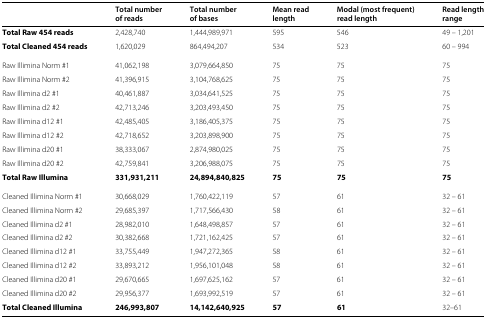
<table><thead><tr><td><b> </b></td><td><b>Total number</b></td><td><b>Total number</b></td><td><b>Mean read</b></td><td><b>Modal (most frequent)</b></td><td><b>Read length</b></td></tr><tr><td><b> </b></td><td><b>of reads</b></td><td><b>of bases</b></td><td><b>length</b></td><td><b>read length</b></td><td><b>range</b></td></tr></thead><tbody><tr><td><b>Total Raw 454 reads</b></td><td>2,428,740</td><td>1,444,989,971</td><td>595</td><td>546</td><td>49 – 1,201</td></tr><tr><td><b>Total Cleaned 454 reads</b></td><td>1,620,029</td><td>864,494,207</td><td>534</td><td>523</td><td>60 – 994</td></tr><tr><td>Raw Illimina Norm #1</td><td>41,062,198</td><td>3,079,664,850</td><td>75</td><td>75</td><td>75</td></tr><tr><td>Raw Illimina Norm #2</td><td>41,396,915</td><td>3,104,768,625</td><td>75</td><td>75</td><td>75</td></tr><tr><td>Raw Illimina d2 #1</td><td>40,461,887</td><td>3,034,641,525</td><td>75</td><td>75</td><td>75</td></tr><tr><td>Raw Illimina d2 #2</td><td>42,713,246</td><td>3,203,493,450</td><td>75</td><td>75</td><td>75</td></tr><tr><td>Raw Illimina d12 #1</td><td>42,485,405</td><td>3,186,405,375</td><td>75</td><td>75</td><td>75</td></tr><tr><td>Raw Illimina d12 #2</td><td>42,718,652</td><td>3,203,898,900</td><td>75</td><td>75</td><td>75</td></tr><tr><td>Raw Illimina d20 #1</td><td>38,333,067</td><td>2,874,980,025</td><td>75</td><td>75</td><td>75</td></tr><tr><td>Raw Illimina d20 #2</td><td>42,759,841</td><td>3,206,988,075</td><td>75</td><td>75</td><td>75</td></tr><tr><td><b>Total Raw Illumina</b></td><td><b>331,931,211</b></td><td><b>24,894,840,825</b></td><td><b>75</b></td><td><b>75</b></td><td><b>75</b></td></tr><tr><td>Cleaned Illimina Norm #1</td><td>30,668,029</td><td>1,760,422,119</td><td>57</td><td>61</td><td>32 – 61</td></tr><tr><td>Cleaned Illimina Norm #2</td><td>29,685,397</td><td>1,717,566,430</td><td>58</td><td>61</td><td>32 – 61</td></tr><tr><td>Cleaned Illimina d2 #1</td><td>28,982,010</td><td>1,648,498,857</td><td>57</td><td>61</td><td>32 – 61</td></tr><tr><td>Cleaned Illimina d2 #2</td><td>30,382,668</td><td>1,721,162,425</td><td>57</td><td>61</td><td>32 – 61</td></tr><tr><td>Cleaned Illimina d12 #1</td><td>33,755,449</td><td>1,947,272,365</td><td>58</td><td>61</td><td>32 – 61</td></tr><tr><td>Cleaned Illimina d12 #2</td><td>33,893,212</td><td>1,956,101,048</td><td>58</td><td>61</td><td>32 – 61</td></tr><tr><td>Cleaned Illimina d20 #1</td><td>29,670,665</td><td>1,697,625,162</td><td>57</td><td>61</td><td>32 – 61</td></tr><tr><td>Cleaned Illimina d20 #2</td><td>29,956,377</td><td>1,693,992,519</td><td>57</td><td>61</td><td>32 – 61</td></tr><tr><td><b>Total Cleaned Illumina</b></td><td><b>246,993,807</b></td><td><b>14,142,640,925</b></td><td><b>57</b></td><td><b>61</b></td><td>32–61</td></tr></tbody></table>